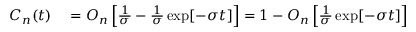
\begin{array} { r l } { C _ { n } ( t ) } & { { } = O _ { n } \left[ \frac { 1 } { \sigma } - \frac { 1 } { \sigma } \exp [ - \sigma t ] \right] = 1 - O _ { n } \left[ \frac { 1 } { \sigma } \exp [ - \sigma t ] \right] } \end{array}